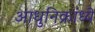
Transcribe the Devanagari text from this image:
आधुनिक्रांध्ये